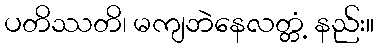
ပတိဿတိ၊ မကျဘဲနေလတ္တံ့ နည်း။